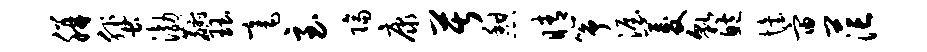
胼蜚渤麝珏毫至隔康苦憩睛筝渥菱貌鲍怡宙茫